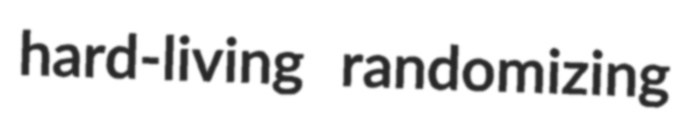
hard-living randomizing